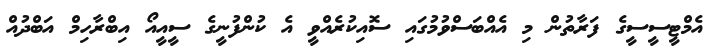
އެމްޓީސީސީގެ ފަރާތުން މި އެއްބަސްވުމުގައި ސޮއިކުރެއްވީ އެ ކުންފުނީގެ ސީއީއޯ އިބްރާހިމް އަބްދުއް